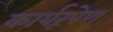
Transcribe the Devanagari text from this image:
कार्यरूपेण